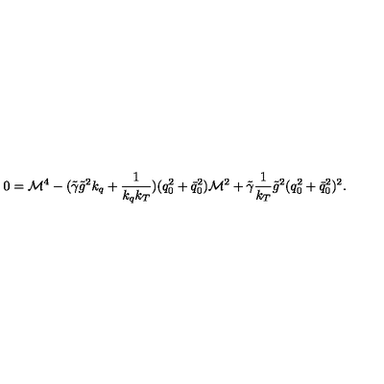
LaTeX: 0 = { \cal M } ^ { 4 } - ( \tilde { \gamma } \tilde { g } ^ { 2 } k _ { q } + \frac 1 { k _ { q } k _ { T } } ) ( q _ { 0 } ^ { 2 } + \bar { q } _ { 0 } ^ { 2 } ) { \cal M } ^ { 2 } + \tilde { \gamma } \frac 1 { k _ { T } } \tilde { g } ^ { 2 } ( q _ { 0 } ^ { 2 } + \bar { q } _ { 0 } ^ { 2 } ) ^ { 2 } .